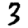
Digit: 3